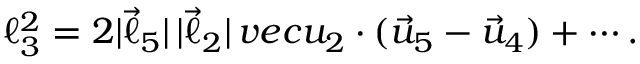
\ell _ { 3 } ^ { 2 } = 2 | \vec { \ell } _ { 5 } | \, | \vec { \ell } _ { 2 } | \, v e c u _ { 2 } \cdot ( \vec { u } _ { 5 } - \vec { u } _ { 4 } ) + \cdots .